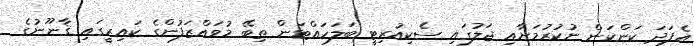
އެފަދަ ކަންކަން ނުކުރުމަށާއި ޖަލުގައި ސެކިއުރިޓީ ބަލަހައްޓަން ތިބޭ މުވައްޒަފުންގެ ކައިރީގައި ޤާނޫނުގެ